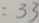
= 3 3